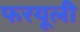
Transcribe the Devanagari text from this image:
फरयूली